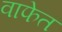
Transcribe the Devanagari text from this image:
वाफेत